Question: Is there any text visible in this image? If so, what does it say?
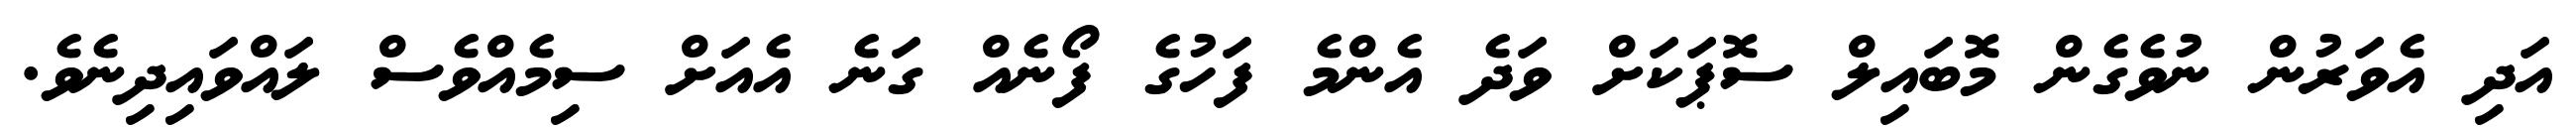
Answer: އަދި އެވަރުން ނުވެގެން މޮބައިލް ސޮޕަކަށް ވަދެ އެންމެ ފަހުގެ ފޯނެއް ގަނެ އެއަށް ސިމެއްވެސް ލައްވައިދިނެވެ.